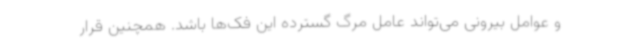
و عوامل بیرونی می‌تواند عامل مرگ گسترده این فک‌ها باشد. همچنین قرار